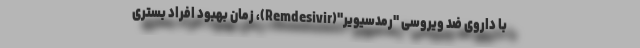
با داروی ضد ویروسی "رمدسیویر"(Remdesivir)، زمان بهبود افراد بستری